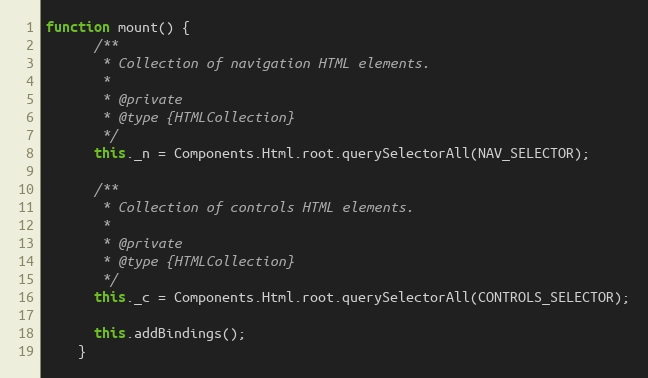
Language: JavaScript
function mount() {
      /**
       * Collection of navigation HTML elements.
       *
       * @private
       * @type {HTMLCollection}
       */
      this._n = Components.Html.root.querySelectorAll(NAV_SELECTOR);

      /**
       * Collection of controls HTML elements.
       *
       * @private
       * @type {HTMLCollection}
       */
      this._c = Components.Html.root.querySelectorAll(CONTROLS_SELECTOR);

      this.addBindings();
    }